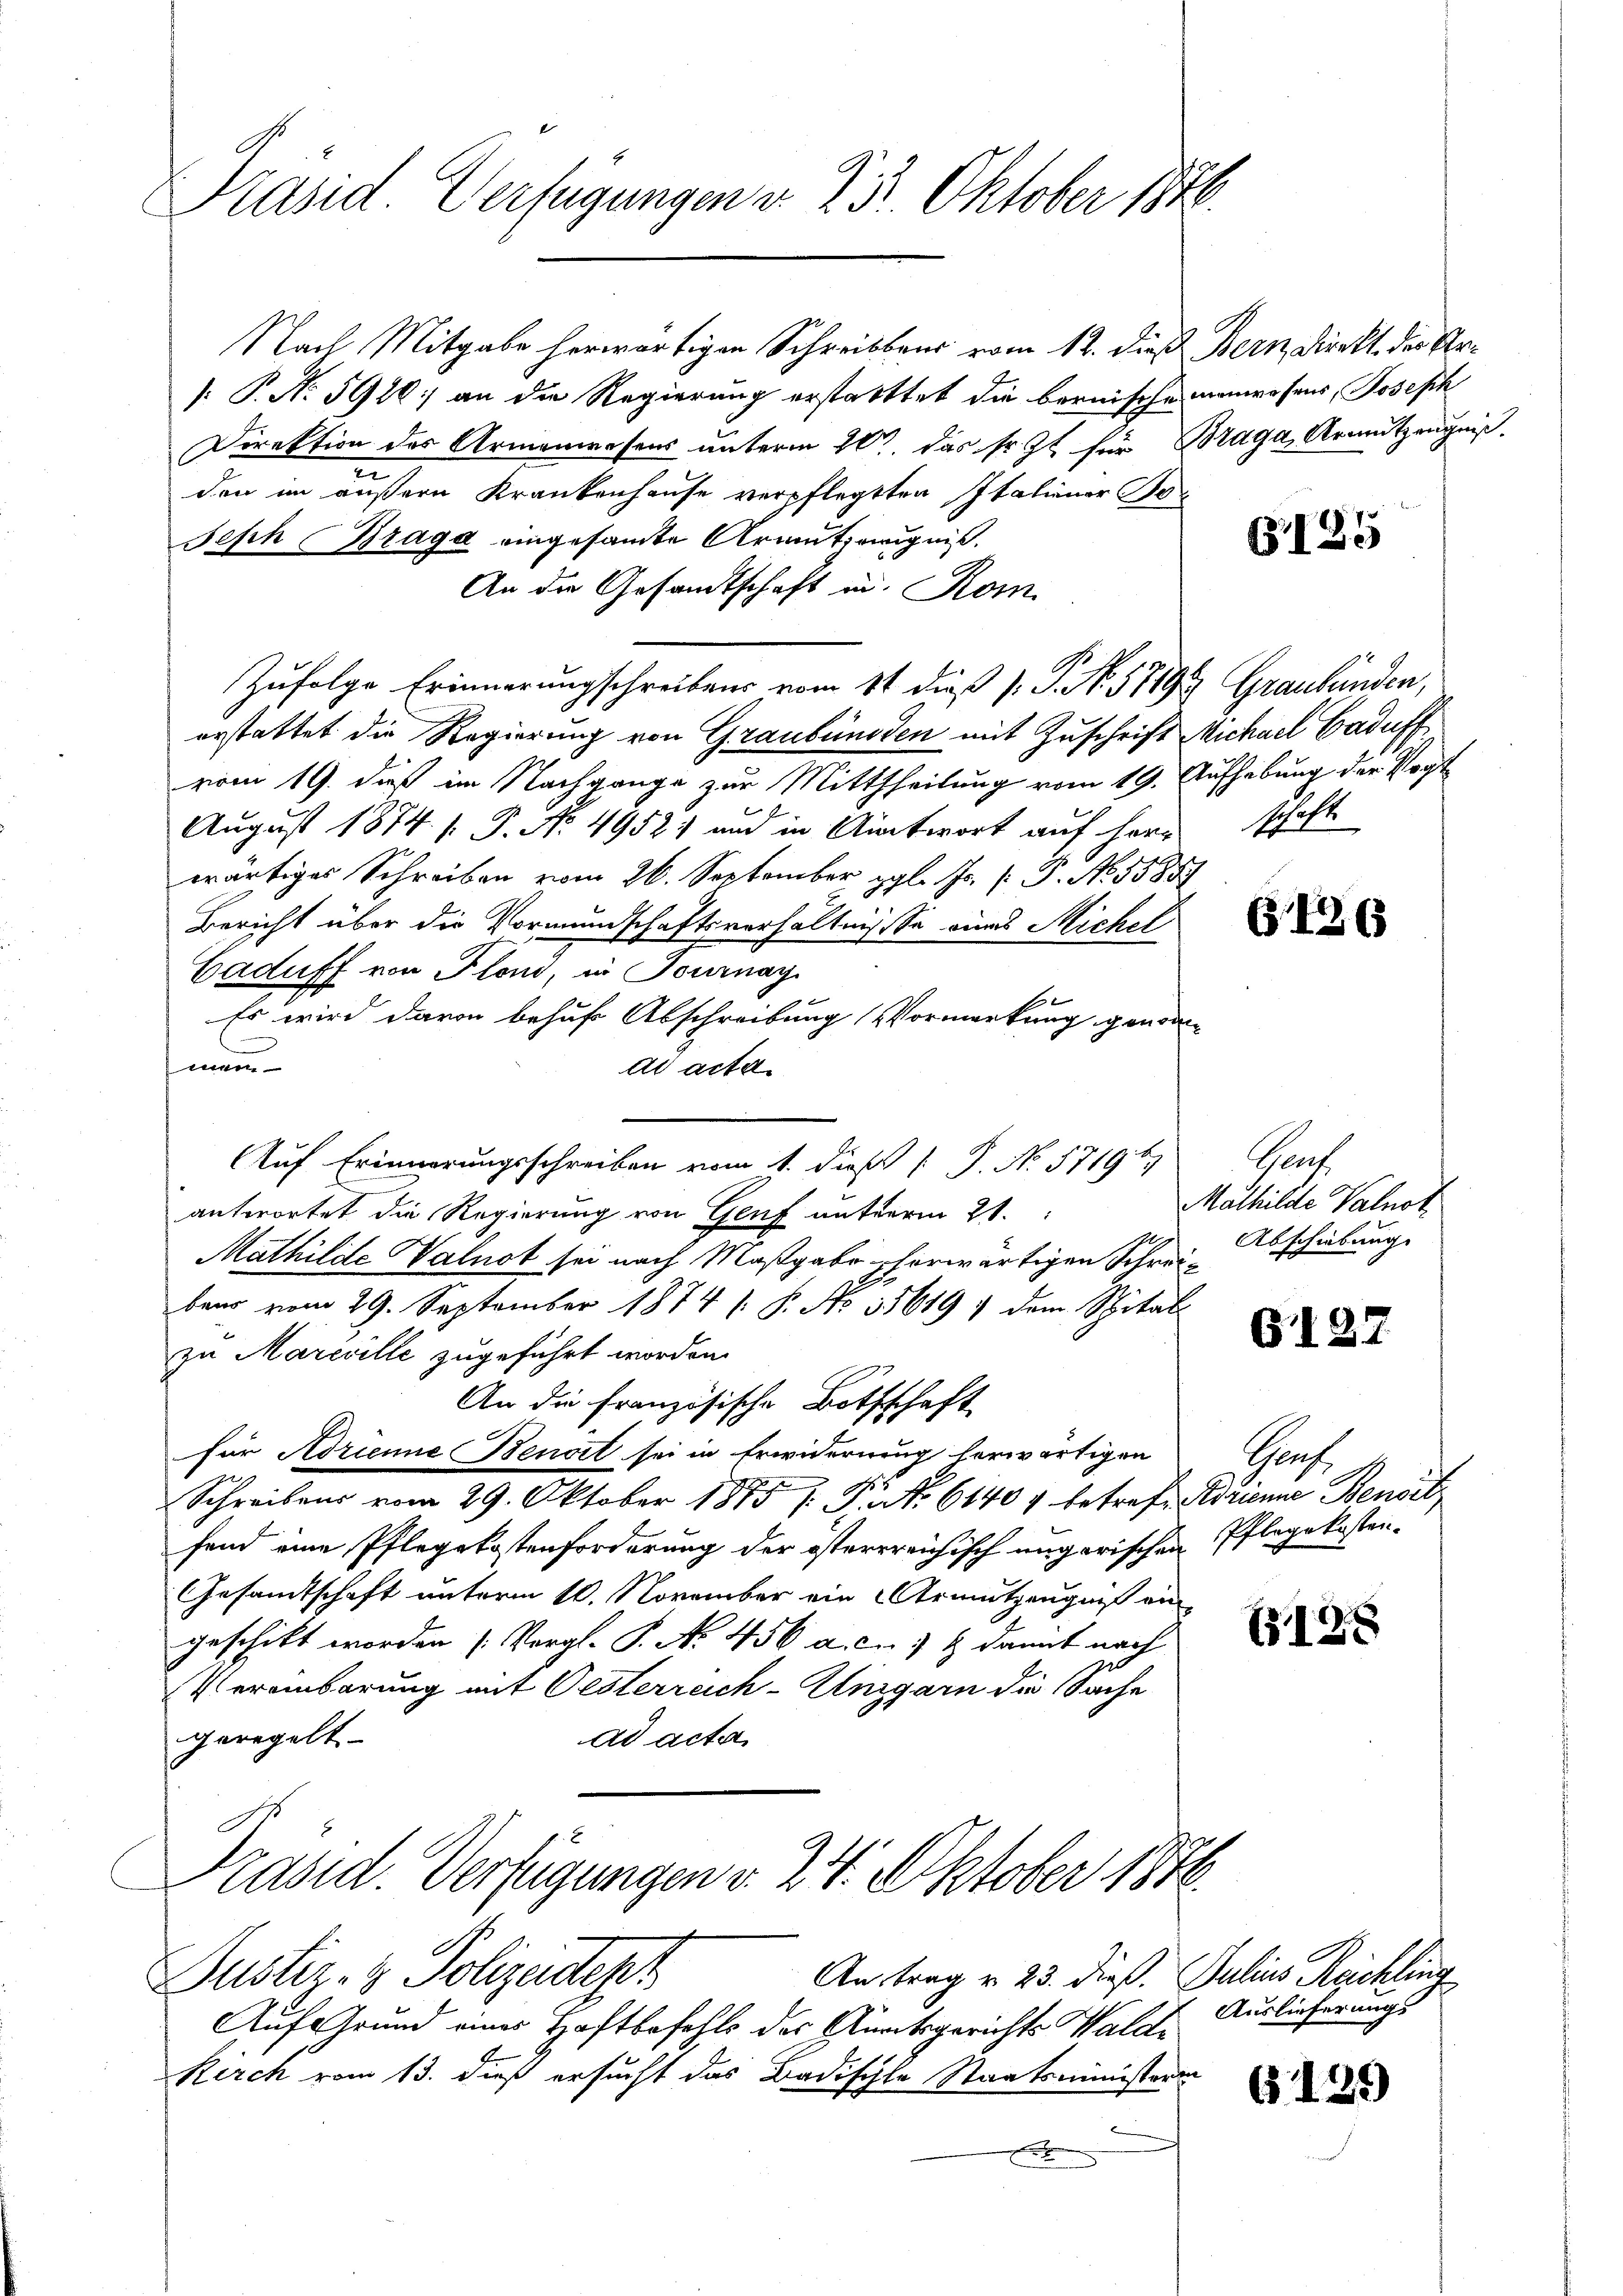
Präsid. Verfügungen d. d. 5. Oktober 1876.

Nach Mitgabe herwärtigen Schreibens vom 12. dieß Bern, Direkt der Ar¬
[P. No 5910 an die Regierung erstatttet die bernische manwesens, Joseph
Direktion des Armenwesens unterm 10t. das sr. Zt. für Braga, Armutzeugniß
n
den im äußern Krankenhause verpflegten Italiener Jo¬
Seph Draga eingesamte Armutzeugnis.
An die Gesandtschaft in Rom
Zufolge Erinnerungschreibens vom 11 dieß P. P. Nr. 571919 Graubünden,
erstattet die Regierung von Graubünden mit Zuschrift Michael Caduff
vom 19. dieß im Nachgange zur Mittheilung vom 19. Aufhebung der Vogt
August 1874. 1. P. No 4952) und in Antwort auf herr
wärtiges Schreiben vom 26. September gl. J. P. Nr. 55853
Bericht über die Vormundschaftsverhältnisse eines Michel
Caduff von Plan, in Journay
Es wird davon behufs Abschreibung Vormerkung genommen
ad acta
Auf Erinnerungsschreiben vom 1. dieß J. No. 1719 b
antwortet die Regierung von Genf mutterm 21.
Mathilde Valnot sei nach Maßgabe herwärtigen Schreibens vom 29. September 1874 (: P. No 35619) dem Spital
zu Maricille zugeführt worden.
An die französische Bothschaft
für Adrienne Benoit sei in Erwiderung herwärtigen
Schreibens vom 29. Oktober 1875 /: P.S. 61404 betreff drinne Bensitz
fend eine Pflegekostenforderung der österrreichisch ungarischen Pflegekosten¬
Gesandtschaft unterm 10. November ein Armutzeugniß ein
geschikt worden (Vergl. P. No. 456 a. c. 1 & damit nach
Vereinbarung mit Oesterreich-Ungarn die Sache
geregelt
ad acta
Präsid. Verfügungen v. 24. Oktober 1848.
An trag u. 23. dieß. Julius Reichling
Justiz- & Polizeidtept
Auf Grund eines Haftbefehls der Anatsgerichts Walde
Kirch vom 13. dieß ersucht das Badischte Staatsministeri
x

G125

schaf

G426

Gant
Mathilde Valnot
Abschiebung

G12.

Goof.

(128

Auslieferungs

G129